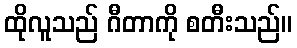
ထိုလူသည် ဂီတာကို စတီးသည်။